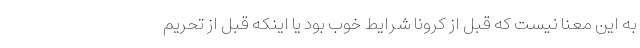
به این معنا نیست که قبل از کرونا شرایط خوب بود یا اینکه قبل از تحریم